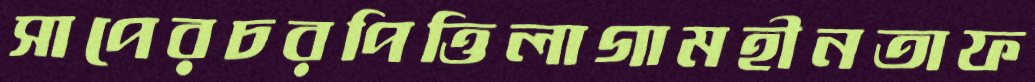
সাপেরচরপিত্তিলাগামহীনতাফ